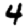
Digit: 4